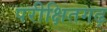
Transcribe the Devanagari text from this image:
परीक्षितगढ़